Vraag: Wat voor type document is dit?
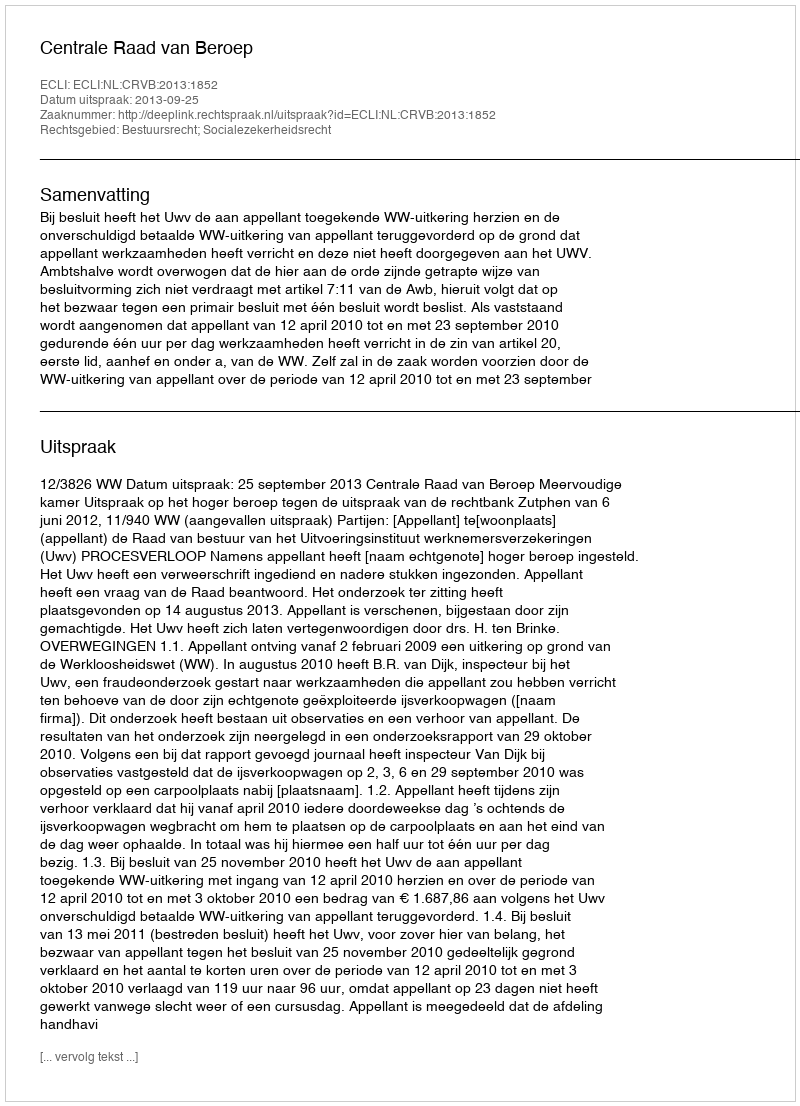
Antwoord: Uitspraak